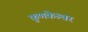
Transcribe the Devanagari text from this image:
कुणकेश्र्वर